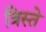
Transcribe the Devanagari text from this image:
त्रिस्ते